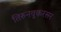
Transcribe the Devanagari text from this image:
तिरुनवुकरसर